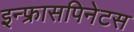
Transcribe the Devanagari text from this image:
इन्फ्रासपिनेटस